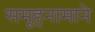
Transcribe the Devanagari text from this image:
समूहनामाने